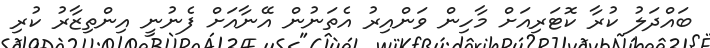
ބައްދަލު ކުރާ ކޮޓަރިއަށް މާހިން ވަންއިރު އެތަނުން އޭނާއަށް ފެނުނީ އިންތިޒާރު ކުރި